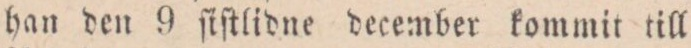
han den 9 ſiſtlidne december kommit till